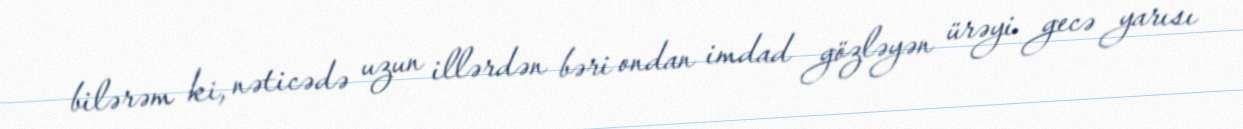
bilərəm ki, nəticədə uzun illərdən bəri ondan imdad gözləyən ürəyi gecə yarısı